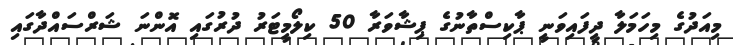
މިއަދުގެ މިހަމަލާ ދީފައިވަނީ ޕާކިސްތާނުގެ ޕިޝާވަރާ 50 ކިލޯމީޓަރު ދުރުގައި އޮންނަ ޝަރްސައްދާގައި